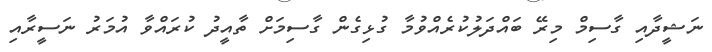
ނަޝީދާއި ގާސިމް މިރޭ ބައްދަލުކުރެއްވުމާ ގުޅިގެން ގާސިމަށް ތާއީދު ކުރައްވާ އުމަރު ނަސީރާއި